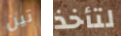
تين لتأخذ